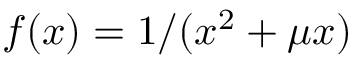
f ( x ) = 1 / ( x ^ { 2 } + \mu x )